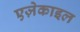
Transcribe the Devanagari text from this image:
एज़ेकाइल